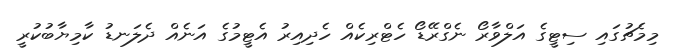
މިމެޗުގައި ސިޓީގެ އަލްވާރޯ ނެގްރޭޑޯ ހެޓްރިކެއް ހެދިއިރު އެޓީމުގެ އަނެއް ދެލަނޑު ކާމިޔާބުކުރީ